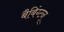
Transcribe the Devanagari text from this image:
बैबिंग्टन्